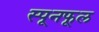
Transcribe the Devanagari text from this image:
स्पूनफूल